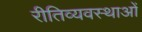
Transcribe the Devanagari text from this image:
रीतिव्यवस्थाओं